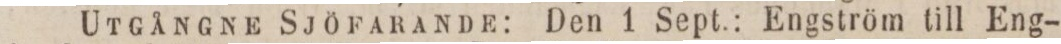
Utgångne Sjöfarande: Den 1 Sept.: Engström till Eng-